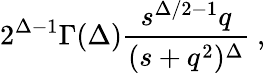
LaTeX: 2^{\Delta-1}\Gamma(\Delta)\frac{s^{\Delta/2-1}q}{(s+q^{2})^{\Delta}}\ ,